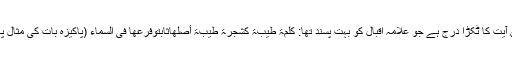
شمالی دیوار میں اسی بلندی پرخط ثلث تزئینی ہی میں سورۂ ابراہیم کی چوبیسویں آیت کا ٹکڑا درج ہے جو علامہ اقبال کو بہت پسند تھا: کَلِمَۃً طَیِّبَۃً کَشَجَرَۃٍ طَیِبَۃٍ أَصْلُھَاثَابِتٌوَفَرْعُھَا فِی السَّمَاءِ (پاکیزہ بات کی مثال پاکیزہ درخت کی سی ہے جس کی جڑیں مضبوط اور ٹہنیاں آسمان میں ہوتی ہیں)۔